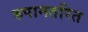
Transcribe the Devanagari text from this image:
रुपानतरित